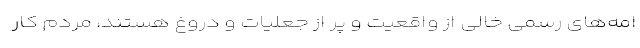
امه‌های رسمی خالی از واقعیت و پر از جعلیات و دروغ هستند، مردم كار